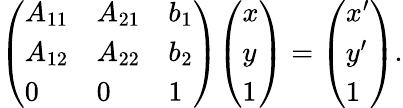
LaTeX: {\left(\begin{array}{lll}{A_{11}}&{A_{21}}&{b_{1}}\\ {A_{12}}&{A_{22}}&{b_{2}}\\ {0}&{0}&{1}\end{array}\right)}{\left(\begin{array}{l}{x}\\ {y}\\ {1}\end{array}\right)}={\left(\begin{array}{l}{x^{\prime}}\\ {y^{\prime}}\\ {1}\end{array}\right)}.